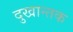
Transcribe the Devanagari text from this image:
दुखान्तक